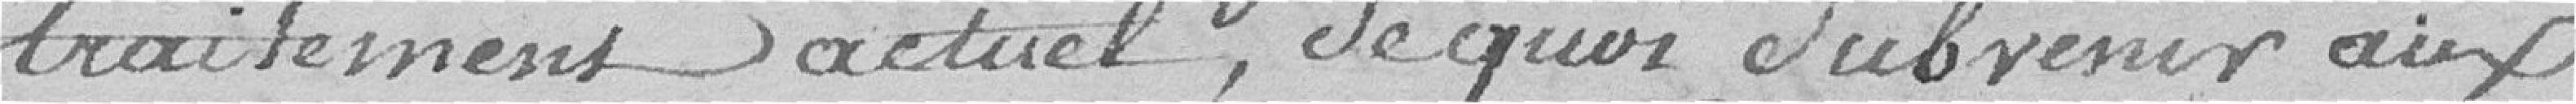
traitement actuel, que quoi subvenir aux